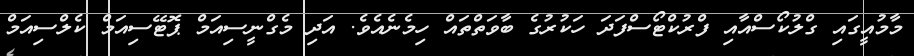
މާމުއީގައި ގްލުކޯސްއާއި ފްރުކްޓޯސްފަދަ ހަކުރުގެ ބާވަތްތައް ހިމެނެއެވެ. އަދި މެގްނީސިއަމް ޕޮޓޭސިއަމް ކެލްސިއަމް